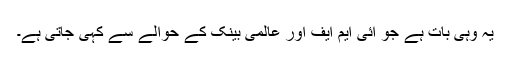
یہ وہی بات ہے جو آئی ایم ایف اور عالمی بینک کے حوالے سے کہی جاتی ہے۔